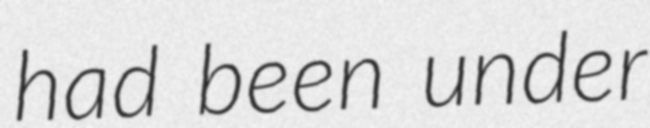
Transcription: had been under